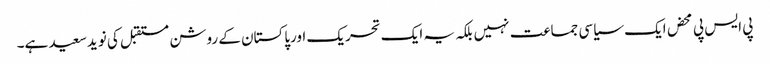
پی ایس پی محض ایک سیاسی جماعت نہیں بلکہ یہ ایک تحریک اورپاکستان کے روشن مستقبل کی نویدسعید ہے۔